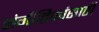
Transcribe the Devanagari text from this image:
संगीतिकांसाठी